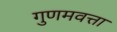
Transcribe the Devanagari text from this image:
गुणमवत्ता